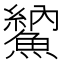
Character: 𩺈